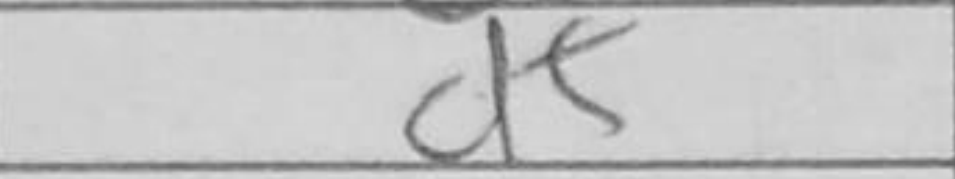
Transcription: d5